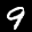
Label: 9